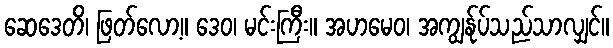
ဆေဒေတိ၊ ဖြတ်လော့။ ဒေဝ၊ မင်းကြီး။ အဟမေဝ၊ အကျွန်ုပ်သည်သာလျှင်။